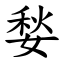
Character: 媝